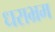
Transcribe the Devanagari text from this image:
धराभ्रम